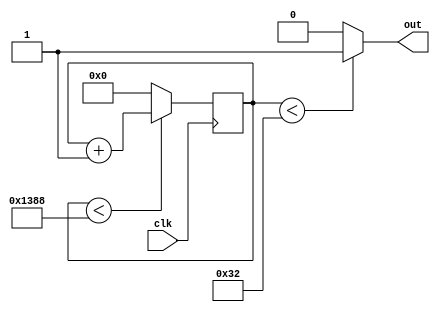
 `timescale 1ns / 1ps

module pwm(
	input clk,
	output out
	);
// Create a simple counter

reg [7:0] counter =0;
always @ (posedge clk) begin
	if (counter < 5000) counter<= counter +1; // count until 5000
	else counter <=0;// reset counter
end

// create 50% duty cycle

assign out = (counter<50) ? 1:0; // assign out to 1 if counter value is less than 50
endmodule